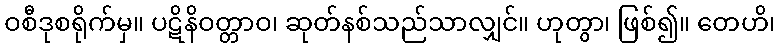
ဝစီဒုစရိုက်မှ။ ပဋိနိဝတ္တာဝ၊ ဆုတ်နစ်သည်သာလျှင်။ ဟုတွာ၊ ဖြစ်၍။ တေဟိ၊